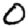
Digit: 0